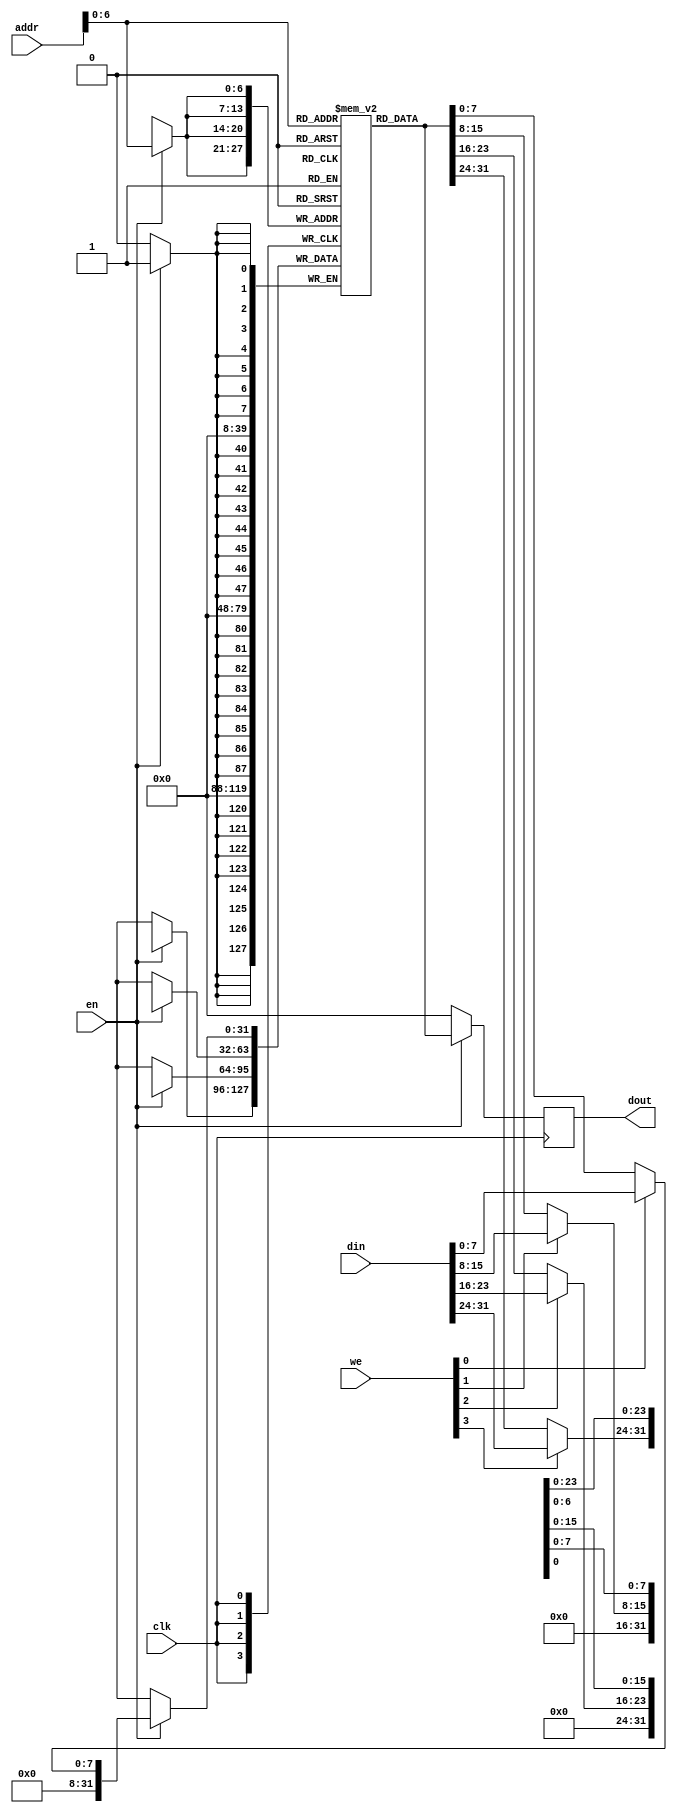
`timescale 1ns / 1ps


module sram_data #(
    parameter DATA_WIDTH = 32,
    parameter ADDR_WIDTH = 8
    )(
    input                           clk,
    input                           en,
    input   [3:0]                   we,
    input   [ADDR_WIDTH-1:0]        addr,
    input   [DATA_WIDTH-1:0]        din,
    output  [DATA_WIDTH-1:0]        dout
    );

    localparam SRAM_SIZE = (1 << (ADDR_WIDTH-1));
    reg [DATA_WIDTH-1:0] sram [SRAM_SIZE-1:0];
    reg [DATA_WIDTH-1:0] dout_reg;

    always @(posedge clk) begin
        if(!en) dout_reg <= 0;
        else begin
            dout_reg <= sram[addr];
            sram[addr][7:0]     <= we[0] ? din[7:0]     : sram[addr][7:0];
            sram[addr][15:8]    <= we[1] ? din[15:8]    : sram[addr][15:8];
            sram[addr][23:16]   <= we[2] ? din[23:16]   : sram[addr][23:16];
            sram[addr][31:24]   <= we[3] ? din[31:24]   : sram[addr][31:24];
        end
    end

    assign dout = dout_reg;


    

endmodule